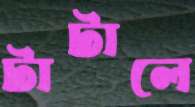
টাটালে